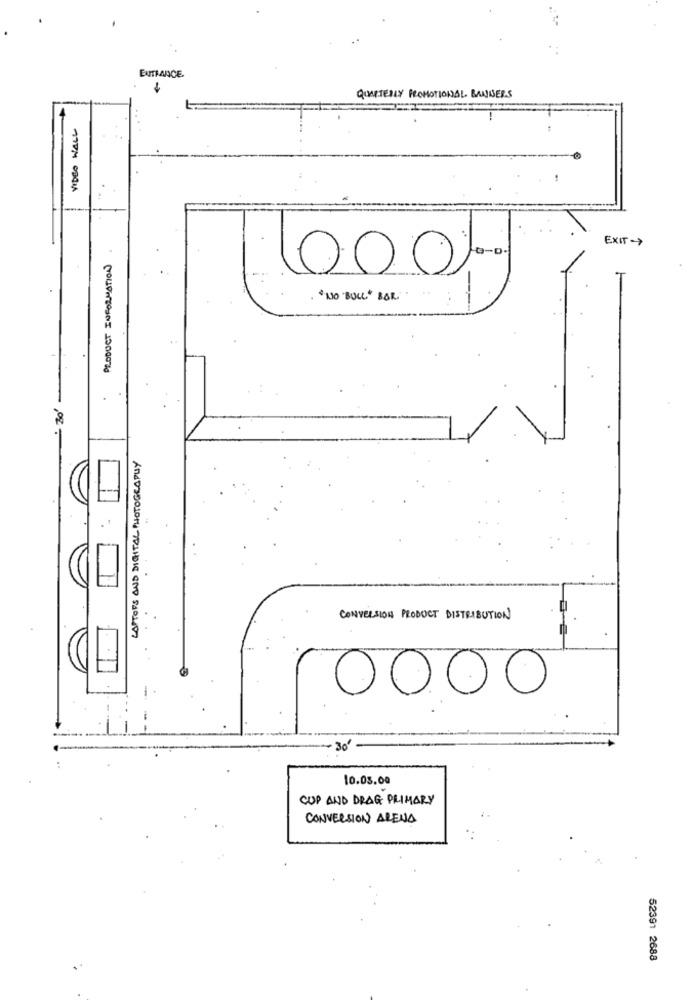
ENTRANCE
QUARTERLY PROMOTIONAL BANGERS
VIDEO WALL
EXIT>
PRODUCT INFORMATION
1000 0.
" NO BULL" BOR ....
--
LAPTOPS AND DIGITAL PHOTOGRAPHY
CONVERSION PRODUCT DISTRIBUTION
30"
10.03.00
CUP AND DRAG PRIMARY
CONVERSION ARENA
52391 2688